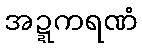
အဍ္ဍကရဏံ